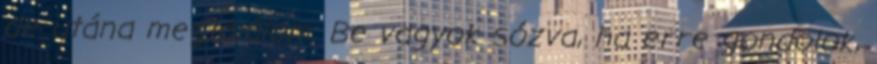
de utána megtalálom. Be vagyok sózva, ha erre gondolok,